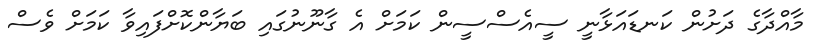
މާއްދާގެ ދަށުން ކަނޑައަޅާނީ ސީއެސްސީން ކަމަށް އެ ގާނޫނުގައި ބަޔާންކޮށްފައިވާ ކަމަށް ވެސް